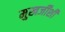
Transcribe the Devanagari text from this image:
मुखर्जींशी